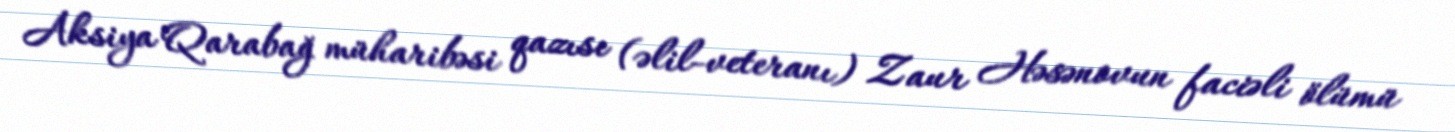
Aksiya Qarabağ müharibəsi qazısı (əlil-veteranı) Zaur Həsənovun faciəli ölümü